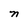
Character: n